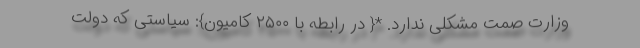
وزارت صمت مشکلی ندارد. *{ در رابطه با ۲۵۰۰ کامیون}: سیاستی که دولت